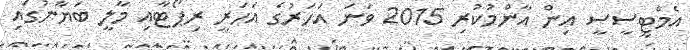
އެމްޓީސީސީ އިން އާންމުކުރި 2015 ވަނަ އަހަރުގެ އަހަރީ ރިޕޯޓާއި މާލީ ބަޔާނުގައި